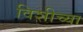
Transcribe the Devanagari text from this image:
विशीच्या